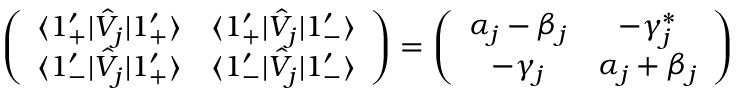
\left( \begin{array} { c c } { \langle 1 _ { + } ^ { \prime } | \hat { V } _ { j } | 1 _ { + } ^ { \prime } \rangle } & { \langle 1 _ { + } ^ { \prime } | \hat { V } _ { j } | 1 _ { - } ^ { \prime } \rangle } \\ { \langle 1 _ { - } ^ { \prime } | \hat { V } _ { j } | 1 _ { + } ^ { \prime } \rangle } & { \langle 1 _ { - } ^ { \prime } | \hat { V } _ { j } | 1 _ { - } ^ { \prime } \rangle } \end{array} \right) = \left( \begin{array} { c c } { \alpha _ { j } - \beta _ { j } } & { - \gamma _ { j } ^ { * } } \\ { - \gamma _ { j } } & { \alpha _ { j } + \beta _ { j } } \end{array} \right)